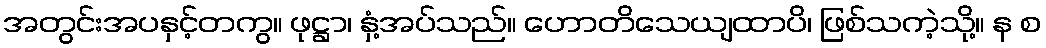
အတွင်းအပနှင့်တကွ။ ဖုဋ္ဌာ၊ နှံ့အပ်သည်။ ဟောတိသေယျထာပိ၊ ဖြစ်သကဲ့သို့။ န စ